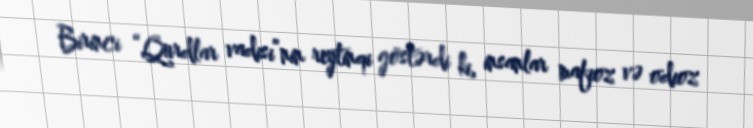
Birinci “Qurdlar vadisi”nin reytinqi göstərdi ki, insanlar mafioz və odioz